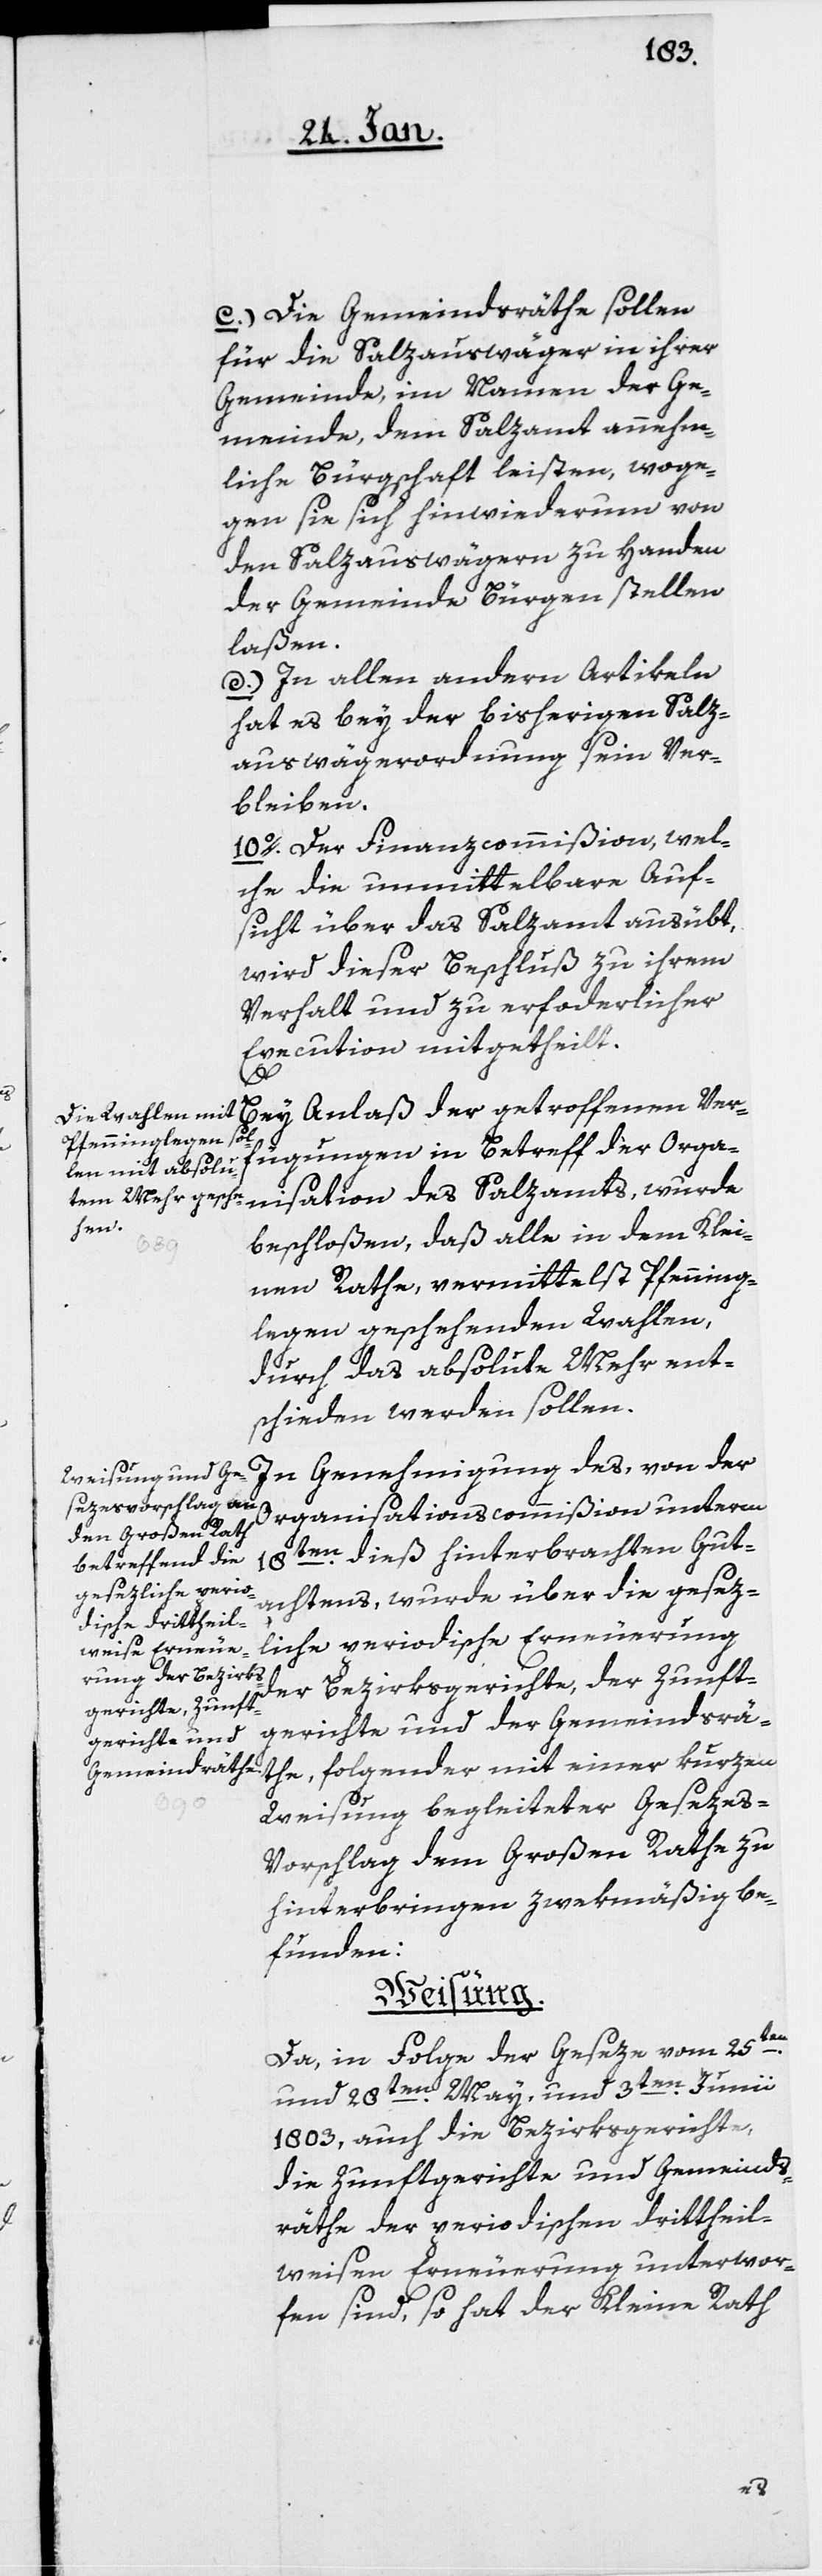
Bei Anlaß der getroffenen Ver¬
fügungen in Betreff der Orga¬
nisation des Salzamts, wurde
beschloßen, daß alle in dem Klei¬
nen Rathe, vermittelst Pfenning¬
legen geschehenden Wahlen,
durch das absolute Mehr ent¬
schieden werden sollen.
In Genehmigung des, von der
Organisationscommißion unterm
18ten. dieß hinterbrachten Gut¬
achtens, wurde über die gesez¬
liche periodische Erneuerung
der Bezirksgerichte, der Zunft¬
gerichte und der Gemeindsrä¬
the, folgender mit einer kurzen
Weisung begleiteter Gesezes-V¬
orschlag dem Großen Rathe zu
hinterbringen zwekmäßig be¬
funden:
Weisung.
Da, in Folge der Geseze vom 25ten.
und 28ten. May, und 3ten. Junii
1803, auch die Bezirksgerichte,
die Zunftgerichte und Gemeinds¬
räthe der periodischen drittheil¬
weisen Erneuerung unterwor¬
fen sind, so hat der Kleine Rath